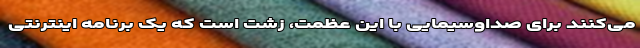
می‌کنند برای صداوسیمایی با این عظمت، زشت است که یک برنامه اینترنتی